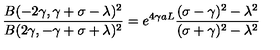
\frac { B ( - 2 \gamma , \gamma + \sigma - \lambda ) ^ { 2 } } { B ( 2 \gamma , - \gamma + \sigma + \lambda ) ^ { 2 } } = e ^ { 4 \gamma a L } \frac { ( \sigma - \gamma ) ^ { 2 } - \lambda ^ { 2 } } { ( \sigma + \gamma ) ^ { 2 } - \lambda ^ { 2 } }